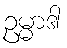
ဥမ္မာဒါ